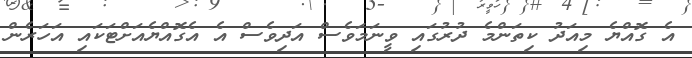
އެ ގޮއްޔެ މިއަދު ކިތަންމެ ދުރުގައި ވީނަމަވެސް އަދިވެސް އެ އެގޮއްޔެއަށްޓަކައި އަހަރެން